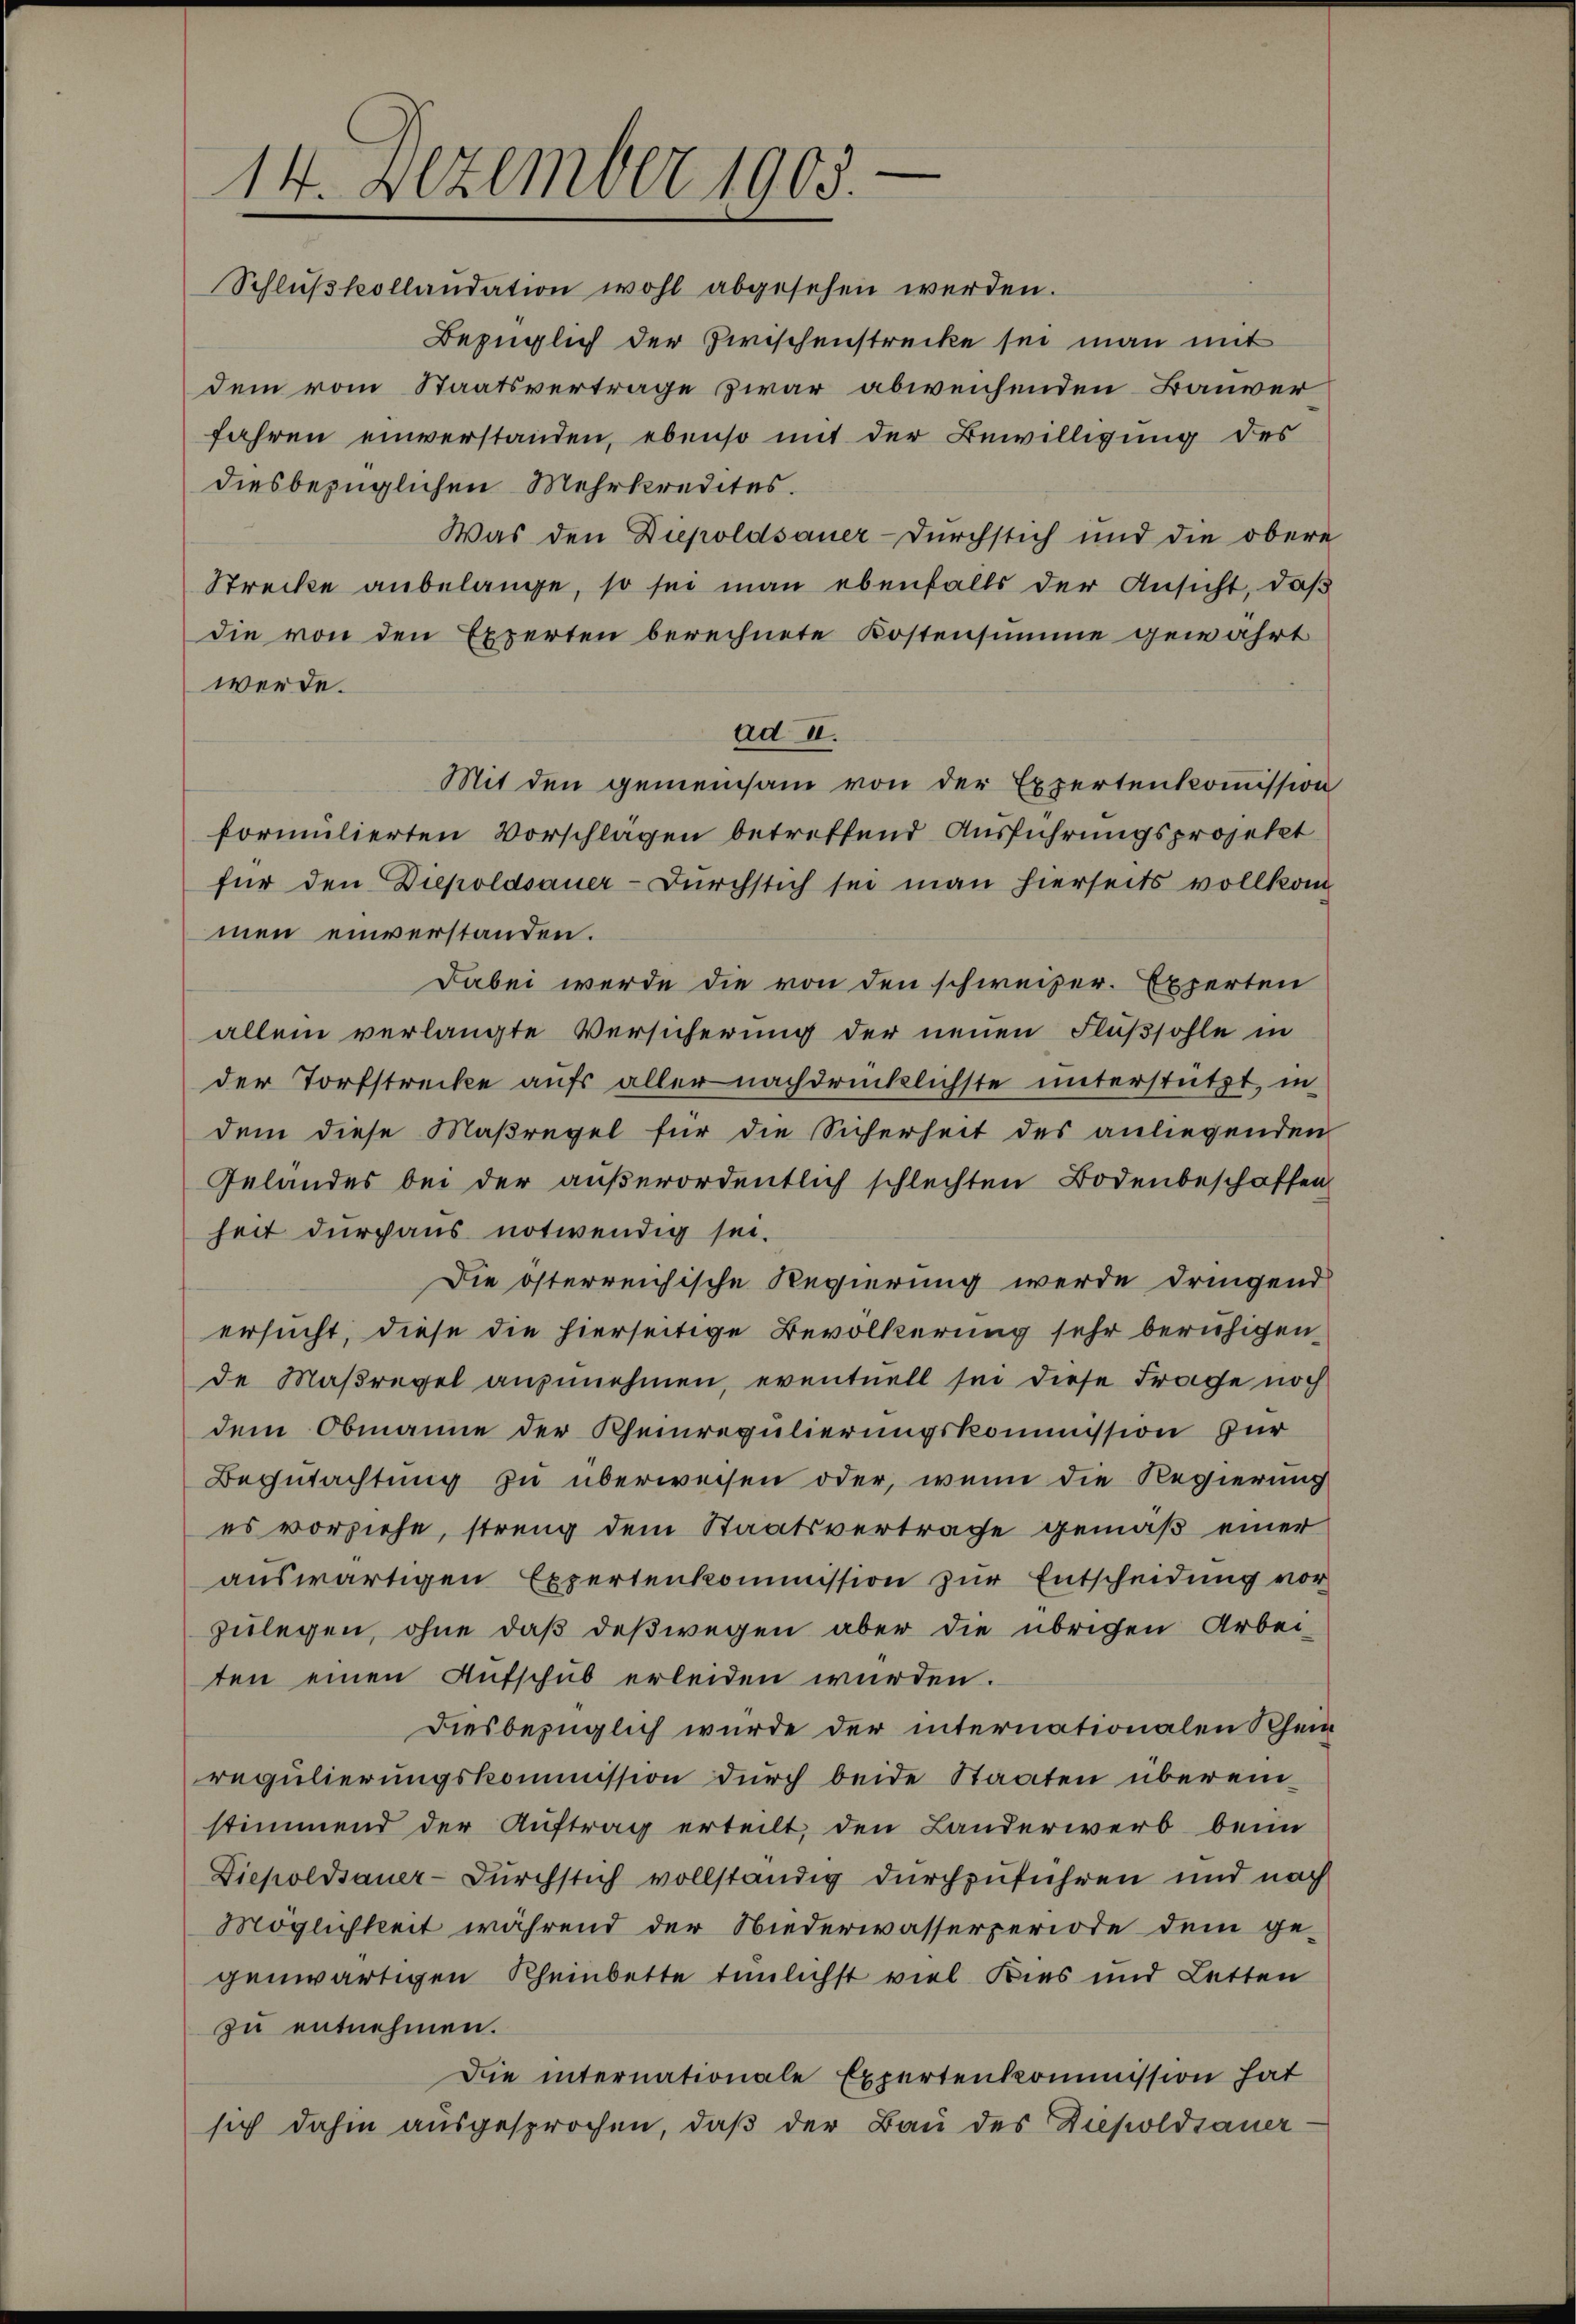
14. Dezember 1903.
Schlußkollaudation wohl abgesehen werden.

Bezüglich der Zwischenstrecke sei man mit
dem vom Staatsvertrage zwar abweichenden Bauver
fahren einverstanden, ebenso mit der Bewilligung des
diesbezüglichen Mehrkredites.
Was den Diepoldsauer-Durchstich und die obere
Strecke anbelange, so sei man ebenfalls der Ansicht, daß
die von den Experten berechnete Kostensumme gewährt
werde.
ad II.
Mit den gemeinsam von der Expertenkommission
formulierten Vorschlägen betreffend Ausführungsprojekt
für den Diepoldsauer-Durchstich sei man hierseits vollkom
men einverstanden.
Dabei werde die von den schweizer. Experten
allein verlangte Versicherung der neuen Flußsohle in
der Torfstrecke aufs aller nachdrücklichste unterstützt, in
dem diese Maßregel für die Sicherheit des anliegenden
Gelandes bei der außerordentlich schlechten Bodenbeschaffen
heit durchaus notwendig sei.
Die österreichische Regierung werde dringend
ersucht, diese die hierseitige Bevölkerung sehr beruhigende Maßregel anzunehmen, eventuell sei diese Frage noch
dem Obmanne der Rheinregulierungskommission zur
Begutachtung zu überweisen oder, wenn die Regierung
es vorziehe, streng dem Staatsvertrage gemäß einer
auswärtigen Expertenkommission zur Entscheidung vor
zulegen, ohne daß deßwegen aber die übrigen Arbei-
ten einen Aufschub erleiden würden.
Diesbezüglich würde der internationalen Rhein
regulierungskommission durch beide Staaten übereinstimmend der Auftrag erteilt, den Landerwerb beim
Diepoldsauer-Durchstich vollständig durchzuführen und nach
Möglichkeit während der Niederwasserperiode dem gegenwärtigen Rheinbette tunlichst viel Kies und Letten
zu entnehmen.
Die internationale Expertenkommission hat
sich dahin ausgesprochen, daβ der Bau des Diepoldsauer-